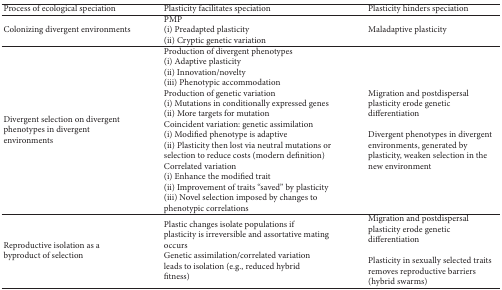
<table><thead><tr><td><b>Process of ecological speciation</b></td><td><b>Plasticity facilitates speciation</b></td><td><b>Plasticity hinders speciation</b></td></tr></thead><tbody><tr><td>Colonizing divergent environments</td><td>PMP (i) Preadapted plasticity(ii) Cryptic genetic variation</td><td>Maladaptive plasticity</td></tr><tr><td>Divergent selection on divergent phenotypes in divergent environments</td><td>Production of divergent phenotypes(i) Adaptive plasticity(ii) Innovation/novelty(iii) Phenotypic accommodationProduction of genetic variation(i) Mutations in conditionally expressed genes(ii) More targets for mutationCoincident variation: genetic assimilation(i) Modified phenotype is adaptive (ii) Plasticity then lost via neutral mutations or selection to reduce costs (modern definition)Correlated variation(i) Enhance the modified trait(ii) Improvement of traits “saved” by plasticity(iii) Novel selection imposed by changes to phenotypic correlations</td><td>Migration and postdispersal plasticity erode genetic differentiation Divergent phenotypes in divergent environments, generated by plasticity, weaken selection in the new environment</td></tr><tr><td>Reproductive isolation as a byproduct of selection</td><td>Plastic changes isolate populations if plasticity is irreversible and assortative mating occursGenetic assimilation/correlated variation leads to isolation (e.g., reduced hybrid fitness)</td><td>Migration and postdispersal plasticity erode genetic differentiation Plasticity in sexually selected traits removes reproductive barriers (hybrid swarms) </td></tr></tbody></table>